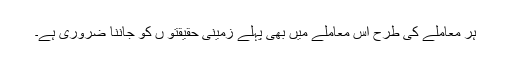
ہر معاملے کی طرح اس معاملے میں بھی پہلے زمینی حقیقتو ں کو جاننا ضروری ہے۔